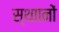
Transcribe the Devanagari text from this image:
स्थाानों